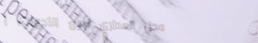
محل العطري لبيع الأدوات ا